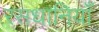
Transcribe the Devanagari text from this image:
रसधानियाँ